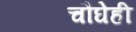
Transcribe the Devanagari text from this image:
चौघेही